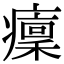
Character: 癛